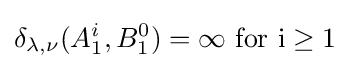
\delta _{\lambda ,\nu }(A_{1}^{i},B_{1}^{0})=\infty \ {\rm {{for\ }i\geq 1}}